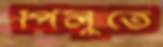
পিলুতে